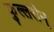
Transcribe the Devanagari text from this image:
फुल्लरीन्